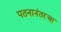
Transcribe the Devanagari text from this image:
पतनानंतरचा